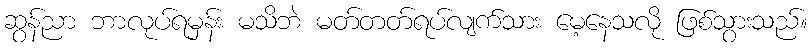
ဆွန်ညာ ဘာလုပ်ရမှန်း မသိဘဲ မတ်တတ်ရပ်လျက်သား မေ့နေသလို ဖြစ်သွားသည်။